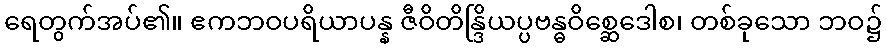
ရေတွက်အပ်၏။ ဧကဘဝပရိယာပန္န ဇီဝိတိန္ဒြိယပ္ပဗန္ဓဝိစ္ဆေဒေါစ၊ တစ်ခုသော ဘဝ၌